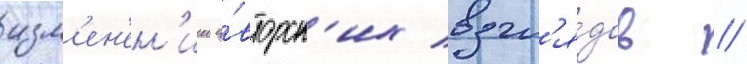
изм'ен'ен'ии а́вторск'их взгл'я́дов //